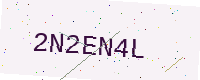
Text: 2N2EN4L